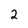
Character: 2